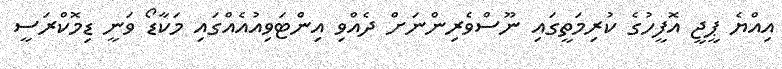
އިއްޔެ ޕީޖީ އޮފީހުގެ ކުރިމަތީގައި ނޫސްވެރިންނަށް ދެއްވި އިންޓަވިއުއެއްގައި މަކާޑޯ ވަނީ ޑިމޮކްރަސީ